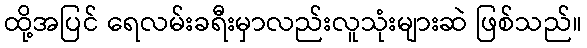
ထို့အပြင် ရေလမ်းခရီးမှာလည်းလူသုံးများဆဲ ဖြစ်သည်။